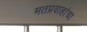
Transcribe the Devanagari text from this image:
मतप्रवाहांचा